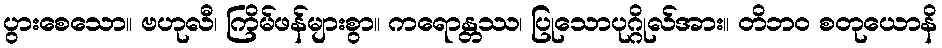
ပွားစေသော။ ဗဟုလီ၊ ကြိမ်ဖန်များစွာ။ ကရောန္တဿ၊ ပြုသောပုဂ္ဂိုလ်အား။ တိဘဝ စတုယောနိ